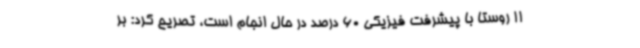
11 روستا با پیشرفت فیزیکی 60 درصد در حال انجام است، تصریح کرد: بر